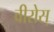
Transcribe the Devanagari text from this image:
वीरोस्